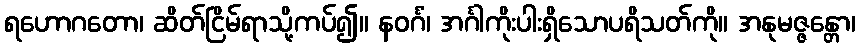
ရဟောဂတော၊ ဆိတ်ငြိမ်ရာသို့ကပ်၍။ နဝင်္ဂံ၊ အင်္ဂါကိုးပါးရှိသောပရိသတ်ကို။ အနုမဇ္ဇန္တော၊